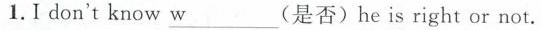
1.I don't know \underline{w}___ (是否)he isright or not.